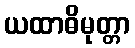
ယထာဓိမုတ္တာ